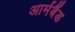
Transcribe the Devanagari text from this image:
आर्मबैंड